65_HS1-834228961_62-HQ-83894_Section_1
Agency: FBI
Page 5
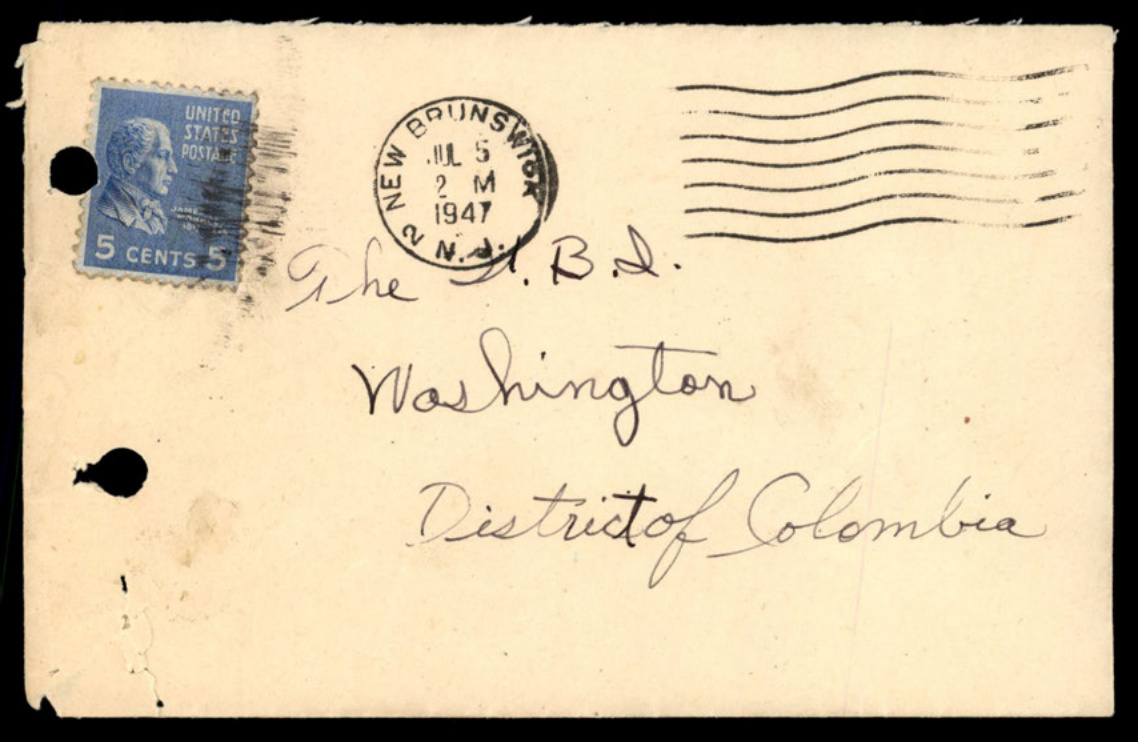